Calcutta medical institutions reports 1871-78
Year: 1871
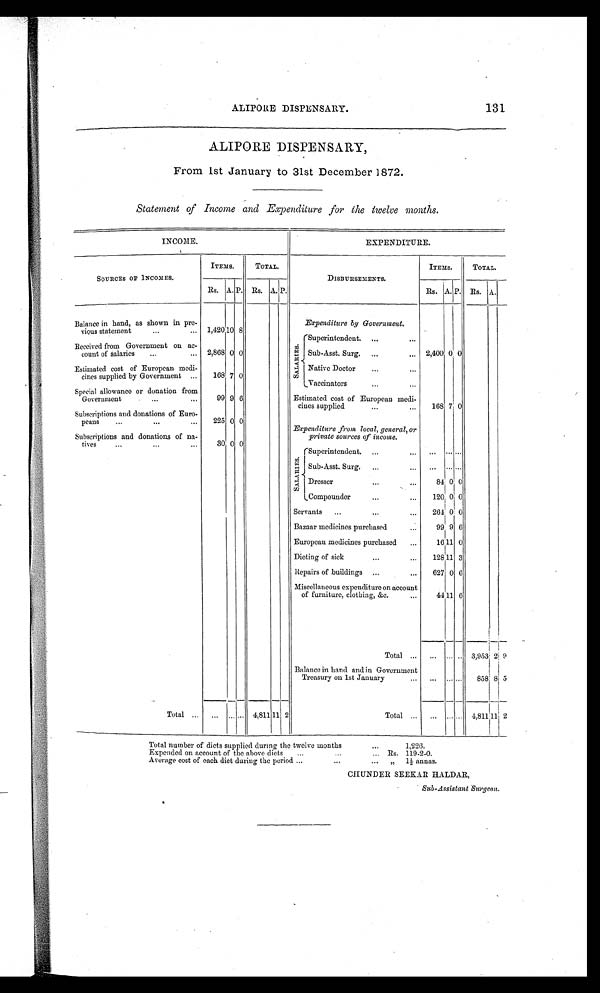
ALIPORE DISPENSARY.
131
ALIPORE DISPENSARY,
From 1st January to 31st December 1872.
Statement of Income and Expenditure for the twelve months.
INCOME.
EXPENDITURE.
SOURCES OF INCOMES.
ITEMS.
TOTAL.
DISBURSEMENTS.
ITEMS.
TOTAL.
Es. A. P.
8
0
7 0
9 6
0 0
0 0
.
Rs. A.P.
2
Rs. A. P. Rs. A.
Balance in hand, as shown in pre-
vious statement
...
...
Received from Government on ac-
count of salaries
...
„,
Estimated cost of European medi-
tines supplied by Government ...
Special allowance or donation from
Government
...
„,
Subscriptions and donations of Euro-
peans
...
...
. . .
Subscriptions and donations of na-
tives
...
...
...
Total ...
1,420 10
2,868
168
99
225
30
.s
E
I.'
n- • I
S I
-A.
S
Estimated
cines
Expenditure
Servants
Bazaar
European
Dieting
Repairs
Miscellaneous
of
Balance
Expenditure by Government.
(Superintendent. ...
...
Sub-Asst. Surg. ...
Native Doctor
...
...
Vaccinators
...
...
cost of European medi-
supplied
„.
from local, general, or
private sources of income.
(Superintendent. ...
...
Sub-Asst. Surg....
...
I Dresser
„
...
LCompounder
...
...
...
...
medicines purchased
medicines purchased
...
of sick.
...
..
of buildings ...
...
expenditure on account
furniture, clothing, &c.
...
Total ...
in hand and in Government
Treasury on 1st January
...
Total ...
2,400
168
... ...
84
120
261
99
16 11
128 11
627
44 11
... ...
... ......
......
0 0
7 0
•••
0 0
0 0
0 0
9 6
0
3
0 6
6
2, 9
8 5
3,953
858
„,
4,81111
...
i
4,811 11: 2
I
Total number of diets supplied during the twelve months
...
1,226.
Expended on account of the above diets
...
...
... Rs. 119-2-0.
Average cost of each diet during the period ...
...
„
1 1/2 annas.
CHUNDER SEEKAR HALDAR.,
Sub-Assistant Surgeon.